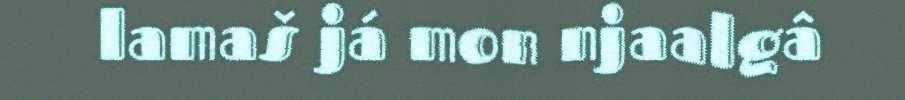
lamaš já mon njaalgâ